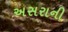
અસરાની